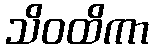
သိဝထိကာ